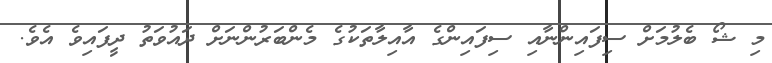
މި ޝޯ ބެލުމަށް ސިފައިންނާއި ސިފައިންގެ އާއިލާތަކުގެ މެންބަރުންނަށް ދައުވަތު ދީފައިވެ އެވެ.